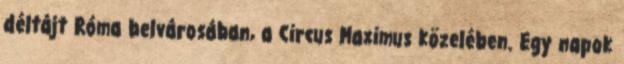
déltájt Róma belvárosában, a Circus Maximus közelében. Egy napok